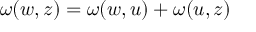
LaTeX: \omega ( w , z ) = \omega ( w , u ) + \omega ( u , z )